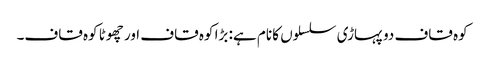
کوہ قاف دو پہاڑی سلسلوں کا نام ہے: بڑا کوہ قاف اور چھوٹا کوہ قاف۔